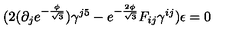
( 2 ( \partial _ { j } e ^ { - \frac { \phi } { \sqrt { 3 } } } ) \gamma ^ { j 5 } - e ^ { - \frac { 2 \phi } { \sqrt { 3 } } } F _ { i j } \gamma ^ { i j } ) \epsilon = 0